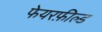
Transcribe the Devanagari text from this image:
फेयरफ़ील्ड